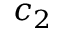
c _ { 2 }